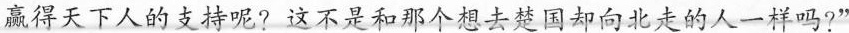
赢得天下人的支持呢?这不是和那个想去楚国却向北走的人一样吗?”